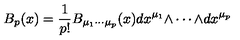
B _ { p } ( x ) = { \frac { 1 } { p ! } } B _ { \mu _ { 1 } \cdots \mu _ { p } } ( x ) d x ^ { \mu _ { 1 } } { \wedge \cdots \wedge } d x ^ { \mu _ { p } }